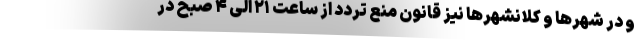
و در شهرها و کلانشهرها نیز قانون منع تردد از ساعت ۲۱ الی ۴ صبح در